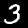
Label: 3